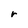
Character: r